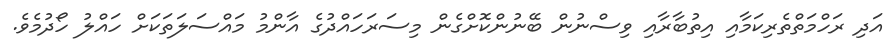
އަދި ރަހްމަތްތެރިކަމާއި އިތުބާރާއި ވިސްނުން ބޭނުންކޮށްގެން މިސަރަހައްދުގެ އާންމު މައްސަލަތަކަށް ހައްލު ހޯދުމެވެ.